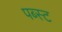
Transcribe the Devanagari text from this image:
पब्स्ट